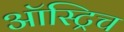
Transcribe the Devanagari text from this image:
ऑस्ट्रिच